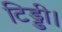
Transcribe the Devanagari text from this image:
टिड्डी।